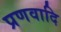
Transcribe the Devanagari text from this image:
प्रणवादि